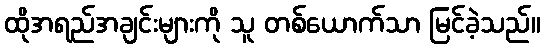
ထိုအရည်အချင်းများကို သူ တစ်ယောက်သာ မြင်ခဲ့သည်။